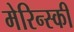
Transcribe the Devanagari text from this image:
मेरिन्स्की